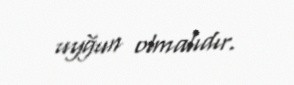
uyğun olmalıdır.